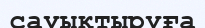
сауықтыруға